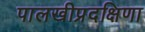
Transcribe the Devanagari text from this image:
पालखीप्रदक्षिणा